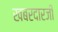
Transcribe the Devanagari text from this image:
खबरदारजी